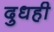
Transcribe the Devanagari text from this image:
दुधही